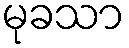
မုခသာ